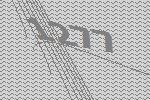
1277